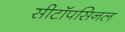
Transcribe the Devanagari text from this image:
सीटॉपसिनल